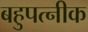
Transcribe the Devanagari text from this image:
बहुपत्‍नीक